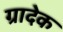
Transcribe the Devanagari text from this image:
ग्रादेक